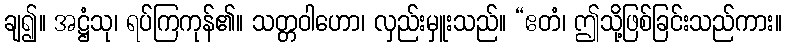
ချ၍။ အဋ္ဌံသု၊ ရပ်ကြကုန်၏။ သတ္တဝါဟော၊ လှည်းမှူးသည်။ “ဧတံ၊ ဤသို့ဖြစ်ခြင်းသည်ကား။